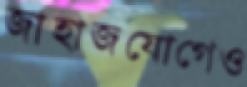
জাহাজযোগেও